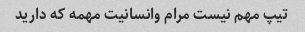
تیپ مهم نیست مرام وانسانیت مهمه که دارید